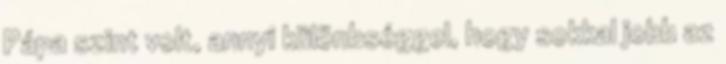
Pápa szint volt, annyi különbséggel, hogy sokkal jobb az